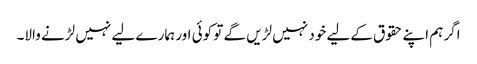
اگر ہم اپنے حقوق کےلیے خود نہیں لڑیں گے تو کوئی اور ہمارے لیے نہیں لڑنے والا۔